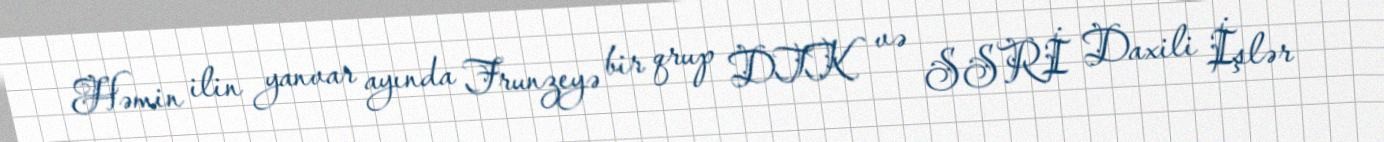
Həmin ilin yanvar ayında Frunzeyə bir qrup DTK və SSRİ Daxili İşlər